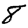
Digit: 8